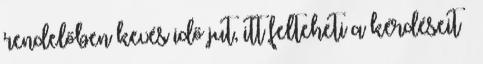
rendelőben kevés idő jut, itt felteheti a kérdéseit –